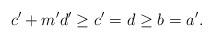
LaTeX: \begin{align*}c'+m'd'\geq c'=d\geq b=a'.\end{align*}